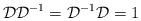
LaTeX: \begin{align*}{\cal D}{\cal D}^{-1}={\cal D}^{-1}{\cal D}=1\end{align*}